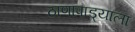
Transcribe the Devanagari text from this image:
ठाणापाड्याला